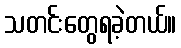
သတင်းတွေရခဲ့တယ်။